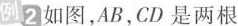
例2如图，AB，CD是两根